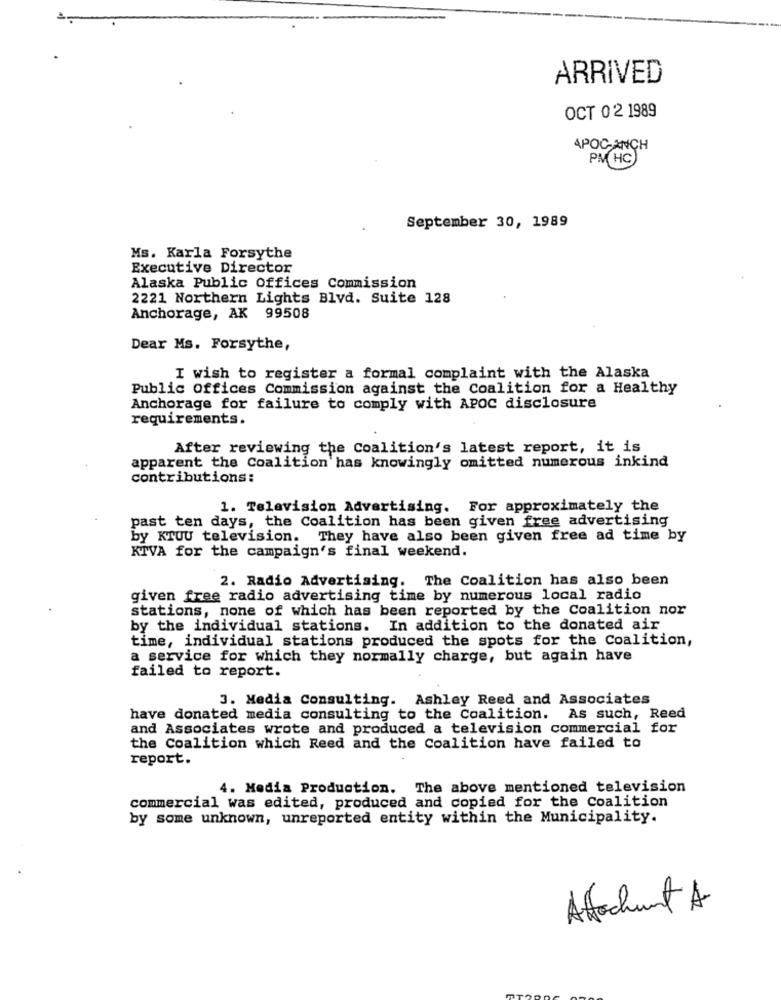
ARRIVED
OCT 02 1989
APOC-ANCH
PM(HC
September 30, 1989
Ms. Karla Forsythe
Executive Director
Alaska Public Offices Commission
2221 Northern Lights Blvd. Suite 128
Anchorage, AK 99508
Dear Ms. Forsythe,
I wish to register a formal complaint with the Alaska
Public offices Commission against the Coalition for a Healthy
Anchorage for failure to comply with APOC disclosure
requirements.
After reviewing the Coalition's latest report, it is
apparent the Coalition has knowingly omitted numerous inkind
contributions :
1. Television Advertising. For approximately the
past ten days, the Coalition has been given free advertising
by KTOU television. They have also been given free ad time by
KTVA for the campaign's final weekend.
2. Radio Advertising. The Coalition has also been
given free radio advertising time by numerous local radio
stations, none of which has been reported by the Coalition nor
by the individual stations. In addition to the donated air
time, individual stations produced the spots for the Coalition,
a service for which they normally charge, but again have
failed to report.
3. Media Consulting. Ashley Reed and Associates
have donated media consulting to the Coalition. As such, Reed
and Associates wrote and produced a television commercial for
the Coalition which Reed and the Coalition have failed to
report.
4. Media Production. The above mentioned television
commercial was edited, produced and copied for the Coalition
by some unknown, unreported entity within the Municipality.
Attachant A